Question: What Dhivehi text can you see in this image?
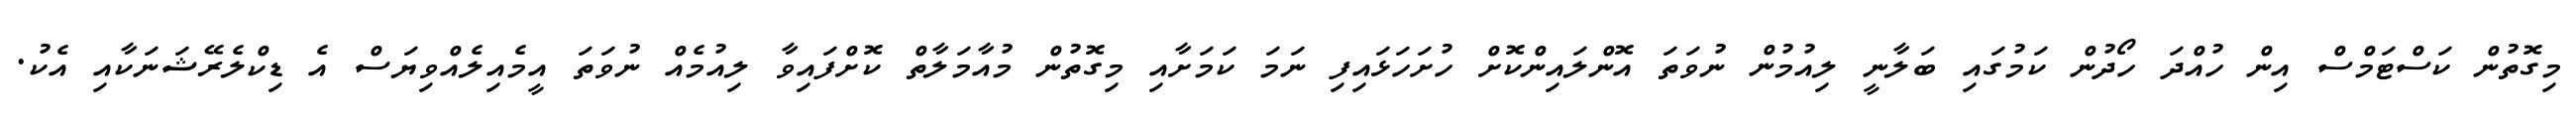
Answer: މިގޮތުން ކަސްޓަމްސް އިން ހުއްދަ ހޯދުން ކަމުގައި ބަލާނީ ލިއުމުން ނުވަތަ އޮންލައިންކޮށް ހުށަހަޅައިފި ނަމަ ކަމަށާއި މިގޮތުން މުއާމަލާތް ކޮށްފައިވާ ލިއުމެއް ނުވަތަ އީމެއިލެއްވިޔަސް އެ ޑިކްލެރޭޝަނަކާއި އެކު.